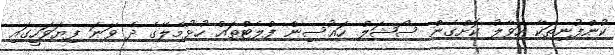
ކުންފުނިތަކާ ހަވާލު ކޮށްގެން ސޯޝަލް ހައުސިން ފްލެޓްތައް ހުޅުމާލޭގެ ދެ ވަނަ ފިޔަވަހީގައި